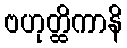
ဗဟုတ္ထိကာနိ